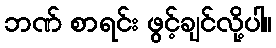
ဘဏ် စာရင်း ဖွင့်ချင်လို့ပါ။